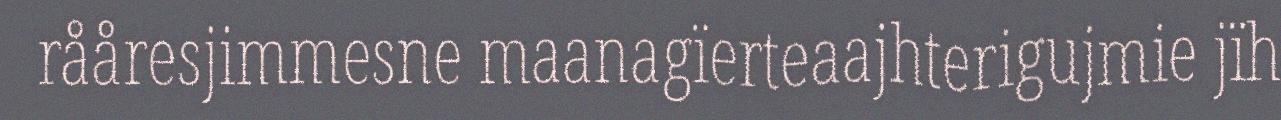
rååresjimmesne maanagïerteaajhterigujmie jïh